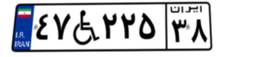
۴۷W۲۲۵۳۸